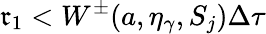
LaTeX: \mathfrak{r}_{1}<W^{\pm}(a,\eta_{\gamma},S_{j})\Delta\tau